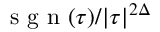
\mathrm { ~ s ~ g ~ n ~ } ( \tau ) / | \tau | ^ { 2 \Delta }